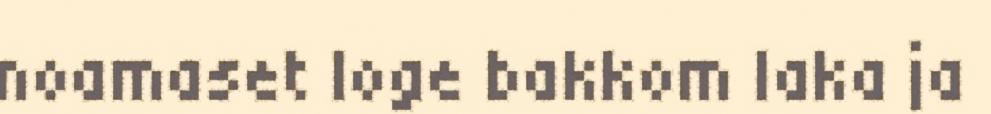
noamaset loge bakkom laka ja